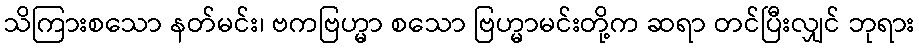
သိကြားစသော နတ်မင်း၊ ဗကဗြဟ္မာ စသော ဗြဟ္မာမင်းတို့က ဆရာ တင်ပြီးလျှင် ဘုရား